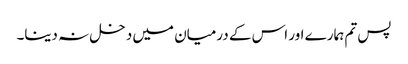
پس تم ہمارے اور اس کے درمیان میں دخل نہ دینا۔